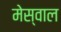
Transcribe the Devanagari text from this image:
मेस्वाल